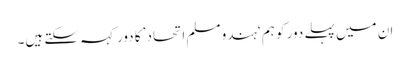
ان میں پہلے دور کو ہم ‘ہندو مسلم اتحاد’ کا دور کہہ سکتے ہیں۔